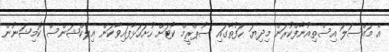
އެ މައްސަލަ އިސްތިއުނާފްކުރަން މިދިޔަ ހަފުތާގައި ސުޕްރީމް ކޯޓަށް ހުށަހަޅާފައިވާކަން އިލެކްޝަންސް ކޮމިޝަނުން